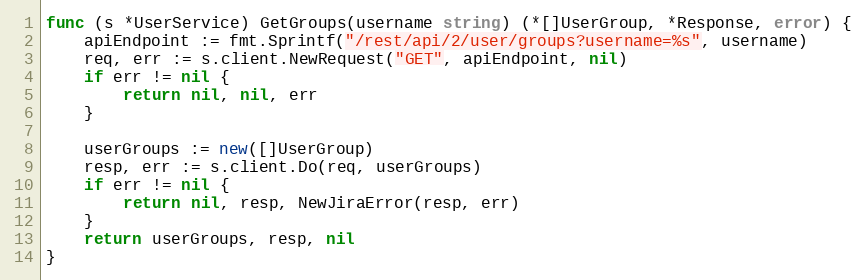
Language: Go
func (s *UserService) GetGroups(username string) (*[]UserGroup, *Response, error) {
	apiEndpoint := fmt.Sprintf("/rest/api/2/user/groups?username=%s", username)
	req, err := s.client.NewRequest("GET", apiEndpoint, nil)
	if err != nil {
		return nil, nil, err
	}

	userGroups := new([]UserGroup)
	resp, err := s.client.Do(req, userGroups)
	if err != nil {
		return nil, resp, NewJiraError(resp, err)
	}
	return userGroups, resp, nil
}